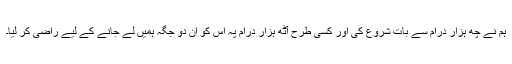
ہم نے چھ ہزار درام سے بات شروع کی اور کسی طرح آٹھ ہزار درام پہ اس کو ان دو جگہ ہمیں لے جانے کے لیے راضی کر لیا۔